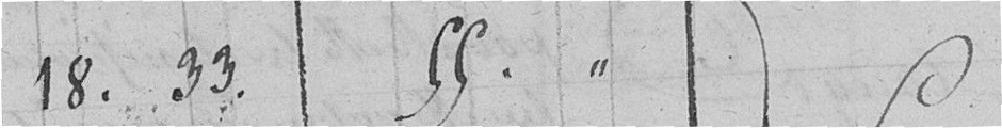
18.33. 55.